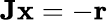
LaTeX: \mathbf{Jx}=-\mathbf{r}